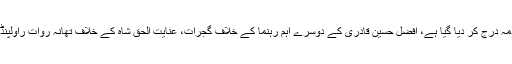
خادم حسین رضوی کے خلاف بغاوت اور دہشت گردی کے الزامات میں لاہور کے سول لائنز تھانے میں مقدمہ درج کر دیا گیا ہے، افضل حسین قادری کے دوسرے اہم رہنما کے خلاف گجرات، عنایت الحق شاہ کے خلاف تھانہ روات راولپنڈی اور حافظ فاروق الحسن کے خلاف بغاوت اور دہشت گردی کے الزامات پر مقدمات درج کر دیے گئے ہیں۔